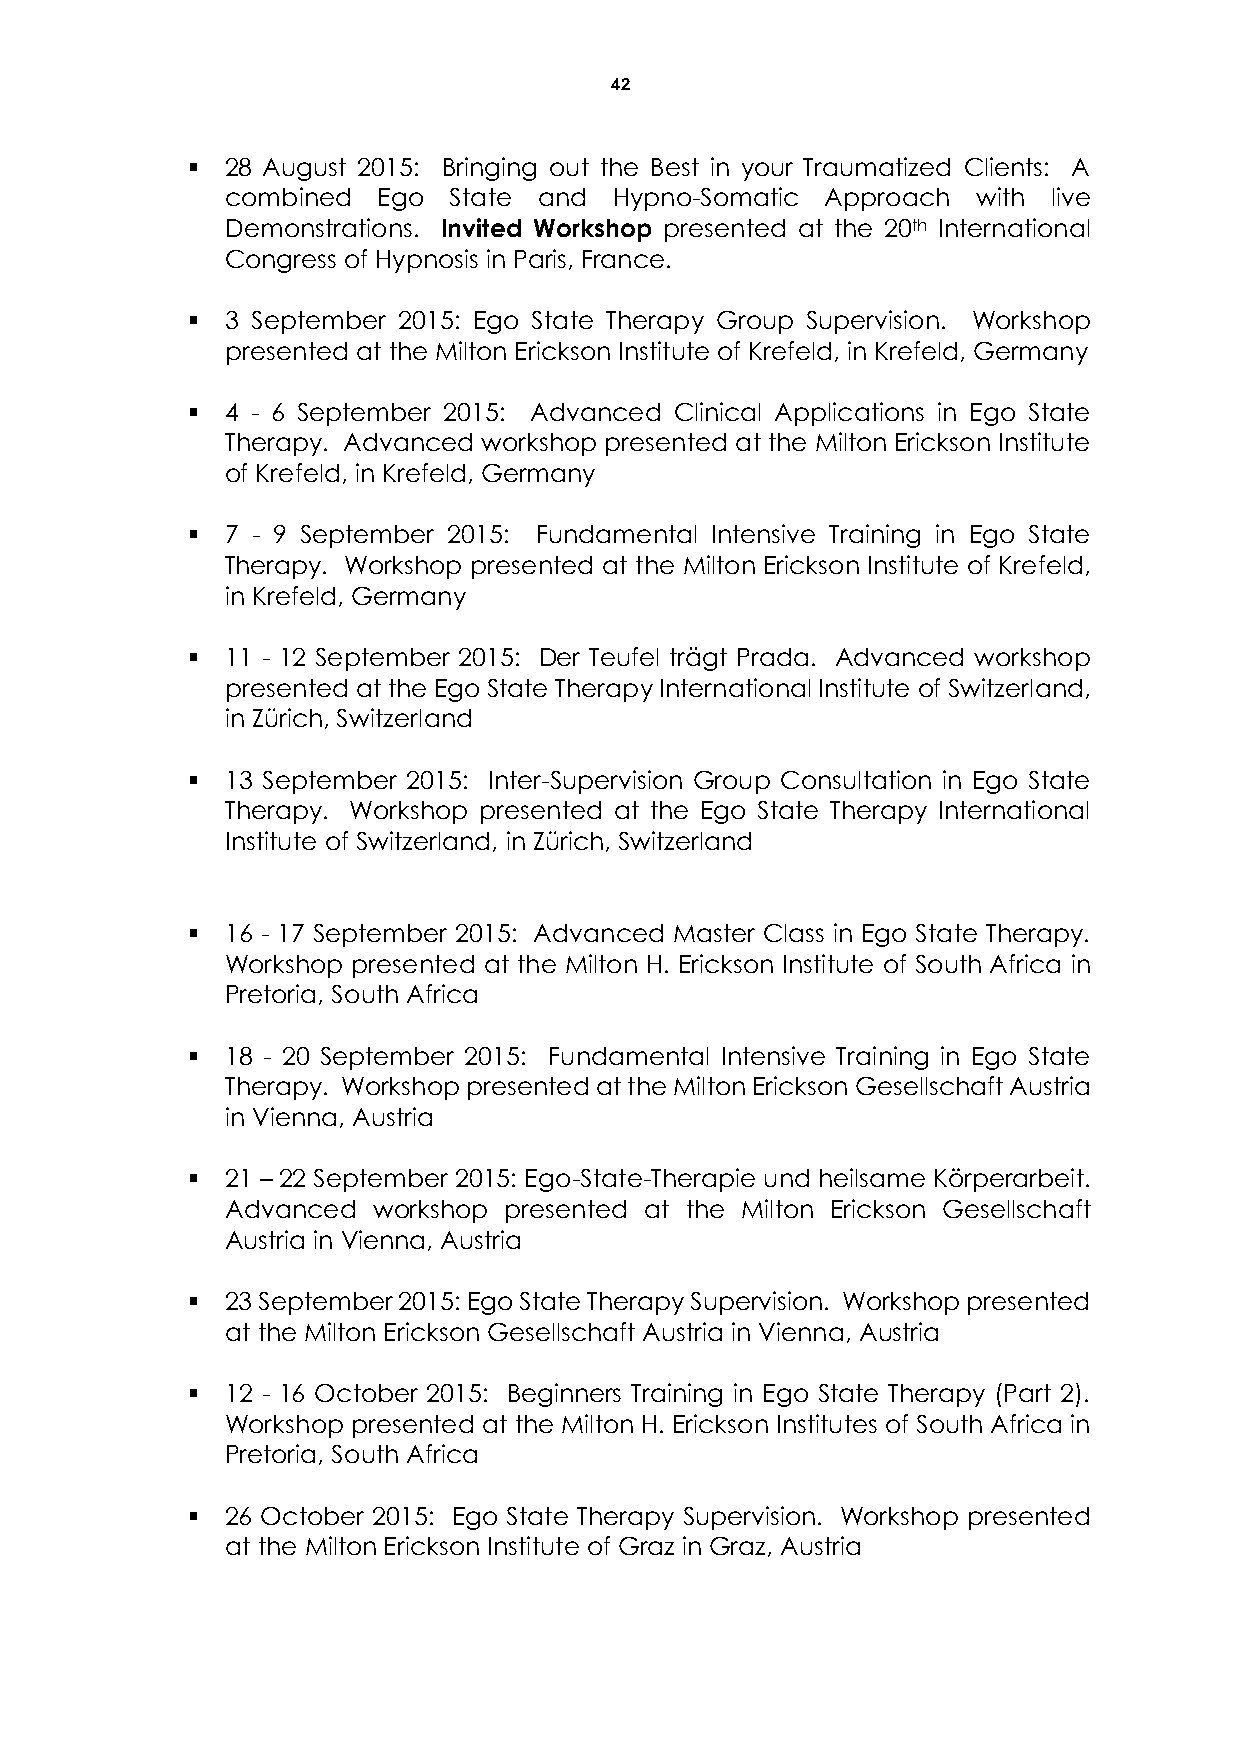
42
   28 August 2015: Bringing out the Best in your Traumatized Clients: A
 combined  Ego  State and  Hypno-Somatic Approach  with live
 Demonstrations. Invited Workshop presented at the 20th International
 Congress of Hypnosis in Paris, France.
   3 September 2015: Ego State Therapy Group Supervision. Workshop
 presented at the Milton Erickson Institute of Krefeld, in Krefeld, Germany
   4 - 6 September 2015: Advanced Clinical Applications in Ego State
 Therapy. Advanced workshop presented at the Milton Erickson Institute
 of Krefeld, in Krefeld, Germany
   7 - 9 September 2015: Fundamental Intensive Training in Ego State
 Therapy. Workshop presented at the Milton Erickson Institute of Krefeld,
 in Krefeld, Germany
   11 - 12 September 2015: Der Teufel trägt Prada. Advanced workshop
 presented at the Ego State Therapy International Institute of Switzerland,
 in Zürich, Switzerland
   13 September 2015: Inter-Supervision Group Consultation in Ego State
 Therapy. Workshop presented at the Ego State Therapy International
 Institute of Switzerland, in Zürich, Switzerland
   16 - 17 September 2015: Advanced Master Class in Ego State Therapy.
 Workshop presented at the Milton H. Erickson Institute of South Africa in
 Pretoria, South Africa
   18 - 20 September 2015: Fundamental Intensive Training in Ego State
 Therapy. Workshop presented at the Milton Erickson Gesellschaft Austria
 in Vienna, Austria
   21 – 22 September 2015: Ego-State-Therapie und heilsame Körperarbeit.
 Advanced  workshop presented at the Milton Erickson Gesellschaft
 Austria in Vienna, Austria
   23 September 2015: Ego State Therapy Supervision. Workshop presented
 at the Milton Erickson Gesellschaft Austria in Vienna, Austria
   12 - 16 October 2015: Beginners Training in Ego State Therapy (Part 2).
 Workshop presented at the Milton H. Erickson Institutes of South Africa in
 Pretoria, South Africa
   26 October 2015: Ego State Therapy Supervision. Workshop presented
 at the Milton Erickson Institute of Graz in Graz, Austria